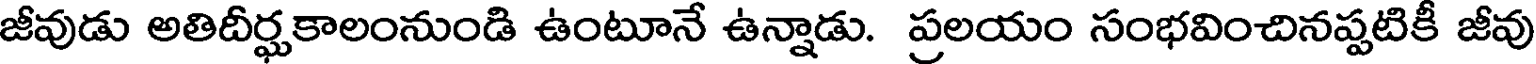
జీవుడు అతిదీర్ఘకాలంనుండి ఉంటూనే ఉన్నాడు. ప్రలయం సంభవించినప్పటికీ జీవు